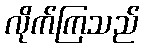
လိုက်ကြသည်